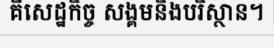
គឺសេដ្ឋកិច្ច សង្គមនិងបរិស្ថាន។